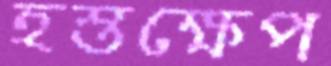
হস্তক্ষেপ